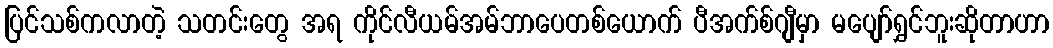
ပြင်သစ်ကလာတဲ့ သတင်းတွေ အရ ကိုင်လီယမ်အမ်ဘာပေတစ်ယောက် ပီအက်စ်ဂျီမှာ မပျော်ရွှင်ဘူးဆိုတာဟာ